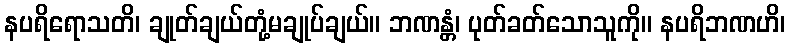
နပရိရောသတိ၊ ချုတ်ချယ်တုံ့မချုပ်ချယ်။ ဘဏန္တံ၊ ပုတ်ခတ်သောသူကို။ နပရိဘဏဟိ၊